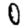
Digit: 0